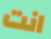
انت